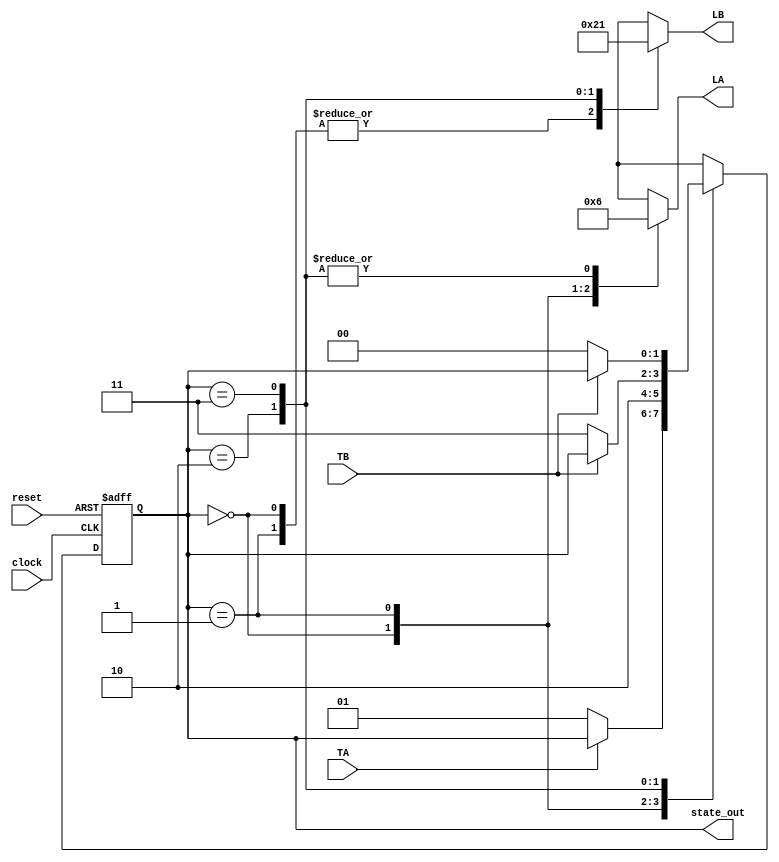
`timescale 1ns / 1ps

module semaforo(
	input clock,
	input reset,
	input TA, TB,
	output reg [1:0] LA, LB,
	output [1:0] state_out //esta salida es irrelevante para la funcionalidad
	                       // solo se incluye para poder visualizarla en el testbech.
	                       //Para la implementacion final debe eliminarse como salida.
    );
    
    reg[1:0] next_state, state; 

    assign state_out = state; // esta senal es solo para debugging. Debe eliminarse en implementacion final
    
    //state encoding
    localparam S0 = 2'd0;
    localparam S1 = 2'd1;
    localparam S2 = 2'd2;
    localparam S3 = 2'd3;
    
    //output encoding
    localparam GREEN = 2'b00;
    localparam YELLOW = 2'b01;
    localparam RED = 2'b10;
    
    // one combinational block computes the next_state and outputs for the
    // current state
    always@(*) begin
        //using default assignments here allows to save space, helps on readability,
        // and reduces the changes of errors
        next_state = state;
    	LA = RED;
    	LB = RED;
    	
    	case (state)
    		S0: begin
    			     LA = GREEN;
    			     if(TA == 1'b0) begin
    			 	   next_state = S1;
    		         end
    		    end

            S1: begin
                    LA = YELLOW;
                    next_state = S2;
                end
            
            S2: begin
                    LB = GREEN;
                    if(TB == 1'b0) begin
                        next_state = S3;
                    end
                end

            S3: begin
                    LB = YELLOW;
                if(TB == 1'b0) begin
                    next_state = S0;
                end
                end                
    	endcase
    end	

    //when clock ticks, update the state
    always@(posedge clock or posedge reset)
    	if(reset)
    		state <= S0;
    	else
    		state <= next_state;
endmodule